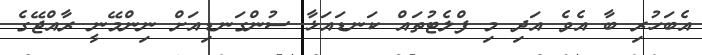
އެބަހުރި ބާ އެވެ އަދި މި ފްލެޓުތައް ކަނޑައަޅާ ސުންގަނޑިއަށް ނިންމޭނީ ރާއްޖޭގެ